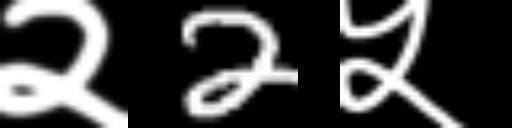
Text: २2५